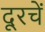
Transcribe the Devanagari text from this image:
दूरचें